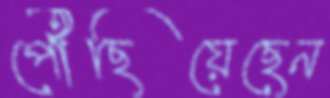
পৌঁছিয়েছেন